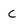
Character: c